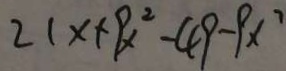
2 1 x + 9 x ^ { 2 } - 4 9 - 9 x ^ { 2 }